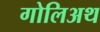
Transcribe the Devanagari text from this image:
गोलिअथ